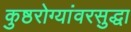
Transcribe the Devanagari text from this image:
कुष्ठरोग्यांवरसुद्धा